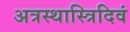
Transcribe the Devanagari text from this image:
अत्रस्थास्त्रिदिवं